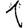
Digit: 1